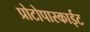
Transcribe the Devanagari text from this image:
प्रोटोपास्काईट